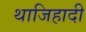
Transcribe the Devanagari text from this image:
थाजिहादी